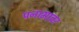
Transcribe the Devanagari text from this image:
पनामावर